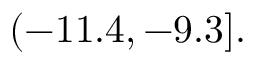
( - 1 1 . 4 , - 9 . 3 ] .